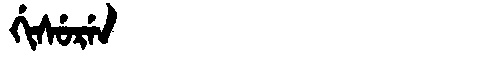
Manchu: ᡤᡳᠰᡠᡵᡝᠨ
Romanization: GISUREN